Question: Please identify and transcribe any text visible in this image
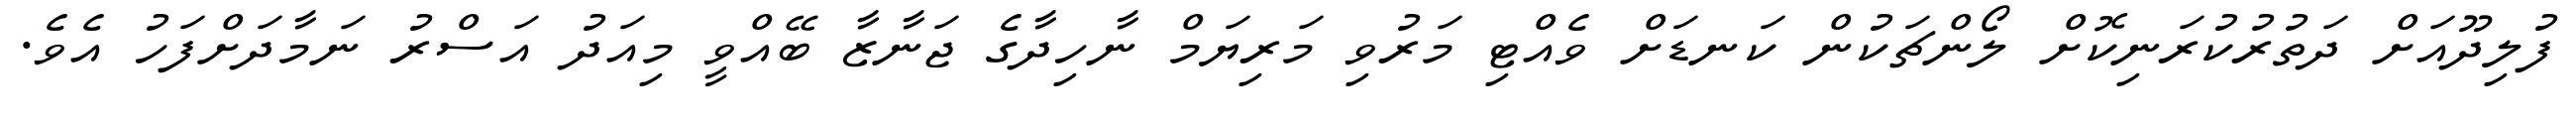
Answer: ފުލިދޫއަށް ދަތުރުކުރަނިކޮށް ލޯންޗަކުން ކަނޑަށް ވެއްޓި މަރުވި މަރިޔަމް ނާހިދާގެ ޖަނާޒާ ބޭއްވީ މިއަދު އަސްރު ނަމާދަށްފަހު އެވެ.